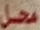
محل